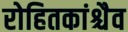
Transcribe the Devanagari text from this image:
रोहितकांश्चैव